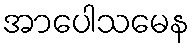
အာပေါသမေန